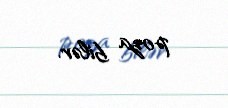
poza bilər.